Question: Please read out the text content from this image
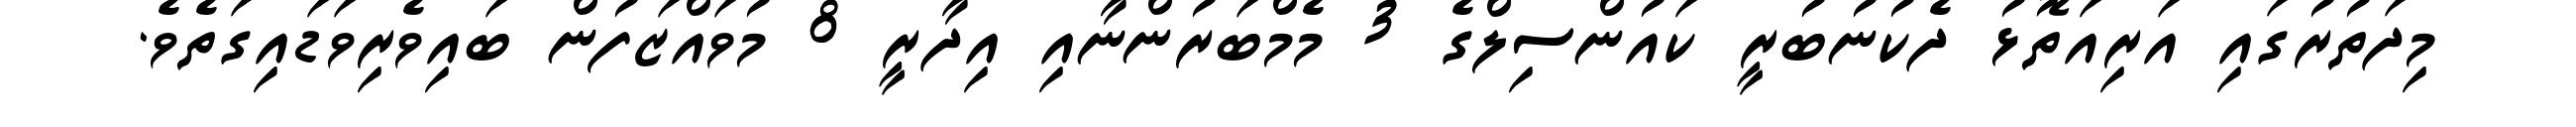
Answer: މިދަތުރުގައި އަރިއަތޮޅު ދެކުނުބުރީ ކައުންސިލްގެ 3 މެމްބަރުންނާއި އިދާރީ 8 މުވައްޒަފުން ބައިވެރިވަޑައިގަތެވެ.